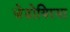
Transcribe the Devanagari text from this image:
ज़ेडोयिरया